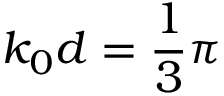
k _ { 0 } d = \frac 1 3 \pi